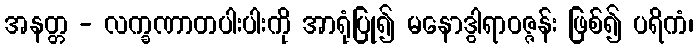
အနတ္တ - လက္ခဏာတပါးပါးကို အာရုံပြု၍ မနောဒွါရာဝဇ္ဇန်း ဖြစ်၍ ပရိကံ၊